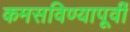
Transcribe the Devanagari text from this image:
कमसविण्यापूर्वी